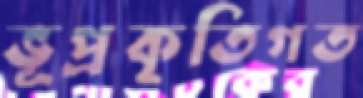
ভূপ্রকৃতিগত